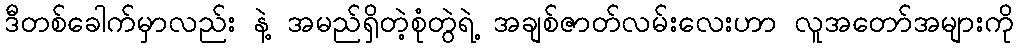
ဒီတစ်ခေါက်မှာလည်း နဲ့ အမည်ရှိတဲ့စုံတွဲရဲ့ အချစ်ဇာတ်လမ်းလေးဟာ လူအတော်အများကို